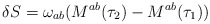
\begin{align*}\delta S=\omega_{ab}(M^{ab}(\tau_2)-M^{ab}(\tau_1))\end{align*}